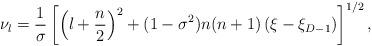
LaTeX: \begin{align*}\nu _{l} =\frac{1}{\sigma }\left[ \left( l+\frac{n}{2}\right)^{2}+(1-\sigma ^{2})n(n+1)\left( \xi -\xi _{D-1}\right) \right]^{1/2}, \end{align*}